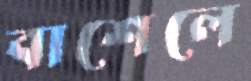
বাশেলে